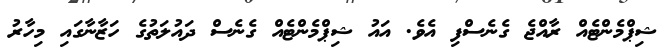
ޝިޕްމެންޓެއް ރާއްޖެ ގެނެސްފި އެވެ. އައު ޝިޕްމެންޓެއް ގެނެސް ދައުލަތުގެ ހަޒާނާގައި މިހާރު